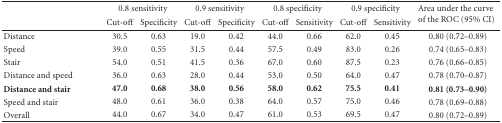
<table><thead><tr><td><b> </b></td><td colspan="2"><b>0.8 sensitivity</b></td><td colspan="2"><b>0.9 sensitivity</b></td><td colspan="2"><b>0.8 specificity</b></td><td colspan="2"><b>0.9 specificity</b></td><td rowspan="2"><b>Area under the curve of the ROC (95% CI)</b></td></tr><tr><td><b> </b></td><td><b>Cut-off</b></td><td><b>Specificity</b></td><td><b>Cut-off</b></td><td><b>Specificity</b></td><td><b>Cut-off</b></td><td><b>Sensitivity</b></td><td><b>Cut-off</b></td><td><b>Sensitivity</b></td></tr></thead><tbody><tr><td>Distance</td><td>30.5</td><td>0.63</td><td>19.0</td><td>0.42</td><td>44.0</td><td>0.66</td><td>62.0</td><td>0.45</td><td>0.80 (0.72–0.89)</td></tr><tr><td>Speed</td><td>39.0</td><td>0.55</td><td>31.5</td><td>0.44</td><td>57.5</td><td>0.49</td><td>83.0</td><td>0.26</td><td>0.74 (0.65–0.83)</td></tr><tr><td>Stair</td><td>54.0</td><td>0.51</td><td>41.5</td><td>0.36</td><td>67.0</td><td>0.60</td><td>87.5</td><td>0.23</td><td>0.76 (0.66–0.85)</td></tr><tr><td>Distance and speed</td><td>36.0</td><td>0.63</td><td>28.0</td><td>0.44</td><td>53.0</td><td>0.50</td><td>64.0</td><td>0.47</td><td>0.78 (0.70–0.87)</td></tr><tr><td><b>Distance and </b><b>stair</b></td><td><b>47.0</b></td><td><b>0.68</b></td><td><b>38.0</b></td><td><b>0.56</b></td><td><b>58.0</b></td><td><b>0.62</b></td><td><b>75.5</b></td><td><b>0.41</b></td><td><b>0.81 (0.73</b>–<b>0.90)</b></td></tr><tr><td>Speed and stair</td><td>48.0</td><td>0.61</td><td>36.0</td><td>0.38</td><td>64.0</td><td>0.57</td><td>75.0</td><td>0.46</td><td>0.78 (0.69–0.88)</td></tr><tr><td>Overall</td><td>44.0</td><td>0.67</td><td>34.0</td><td>0.47</td><td>61.0</td><td>0.53</td><td>69.5</td><td>0.47</td><td>0.80 (0.72–0.89)</td></tr></tbody></table>